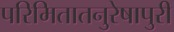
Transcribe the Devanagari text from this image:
परिमितातनुरेषापुरी